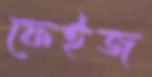
ফেইজ